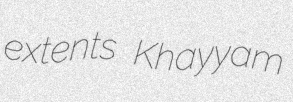
extents Khayyam